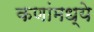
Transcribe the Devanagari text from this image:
कणांमध्ये